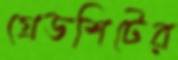
গ্রেডশিটের